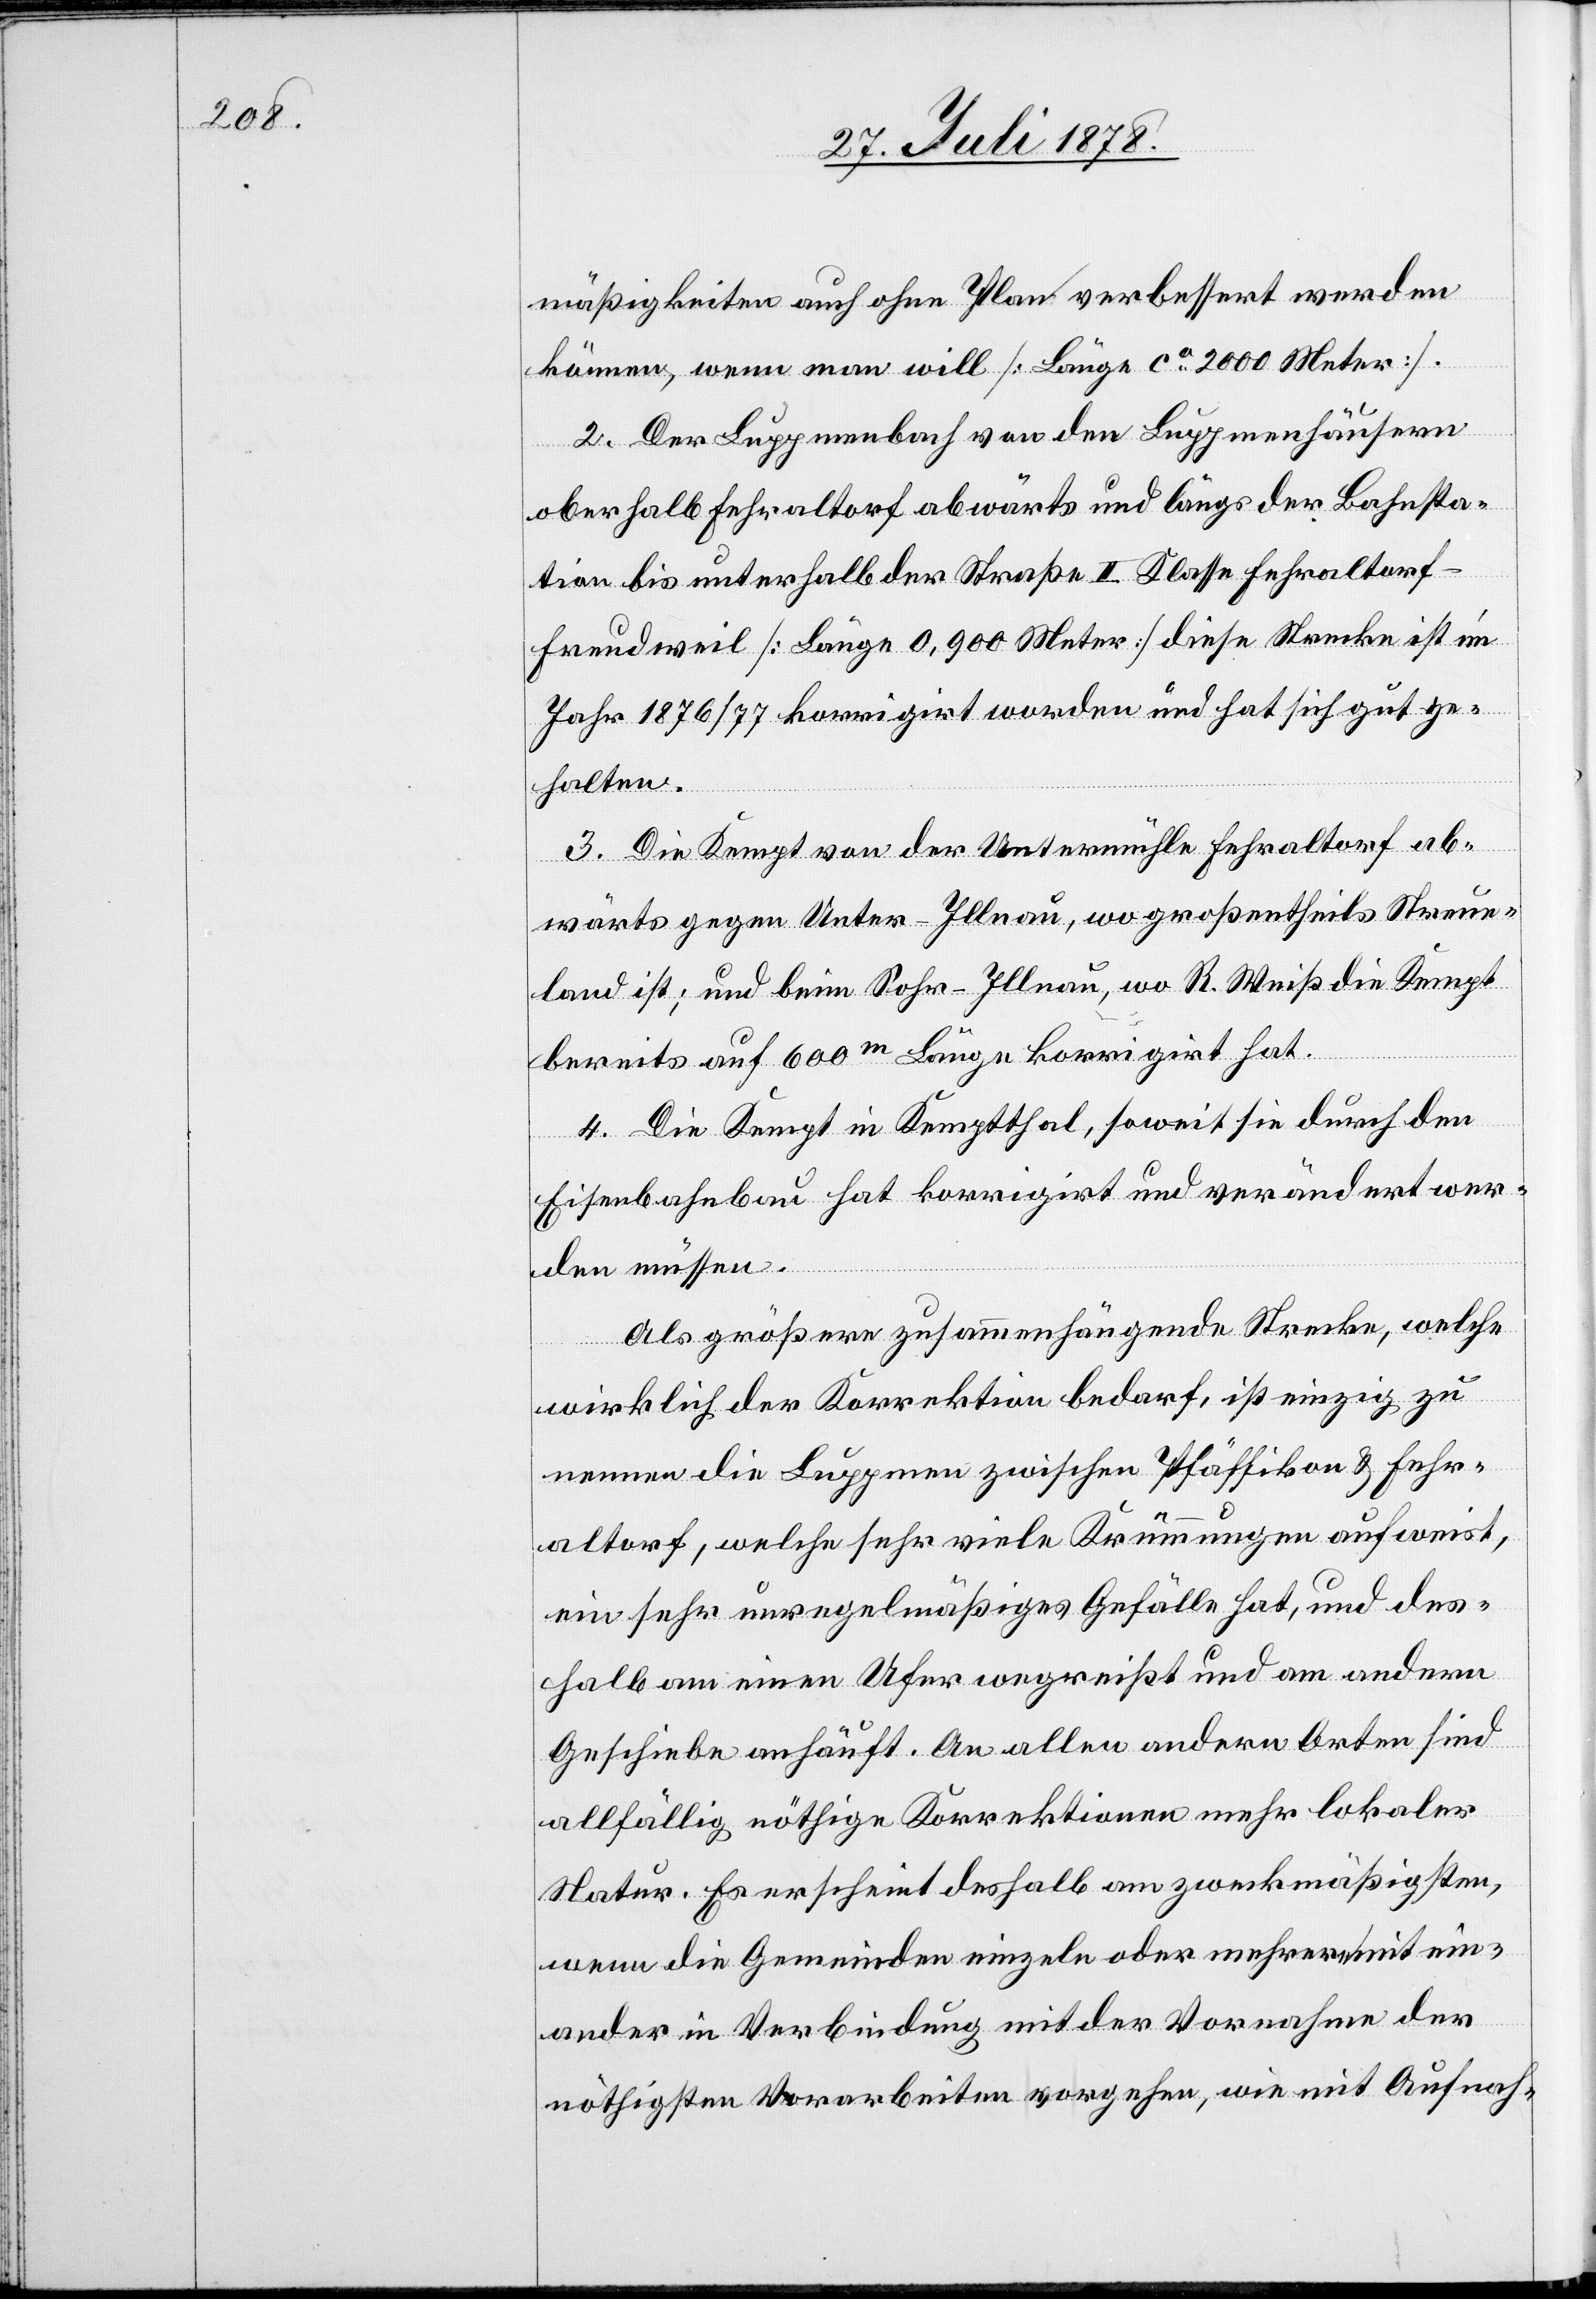
mäßigkeiten auch ohne Plan verbessert werden
können, wenn man will [Länge ca 2000 Meter].
2. Der Luppmenbach von den Lumpenhäusern
oberhalb Fehraltorf abwärts und längs der Bahnsta¬
tion bis unterhalb der Straße II. Klasse Fehraltorf–F¬
reudweil [Länge 0,900 Meter] diese Strecke ist im
Jahr 1876/77 korrigirt worden und hat sich gut ge¬
halten.
3. Die Kempt von der Untermühle Fehraltorf ab¬
wärts gegen Unter-Illnau, wo großentheils Streue¬
land ist; und beim Sohr - Illnau, wo R. Weiß die Kempt
bereits auf 600m Länge korrigirt hat.
4. Die Kempt im Kemptthal, soweit sie durch den
Eisenbahnbau hat korrigirt und verändert wer¬
den müssen.
Als größere zusammenhängende Strecke, welche
wirklich der Korrektion bedarf, ist einzig zu
nennen die Luppmen zwischen Pfäffikon & Fehr¬
altorf, welche sehr viele Krümmungen aufweist,
ein sehr unregelmäßiges Gefälle hat, und des¬
halb am einen Ufer wegreißt und am andern
Geschiebe anhäuft. An allen andern Orten sind
allfällig nöthige Korrektionen mehr lokaler
Natur. Es erscheint deshalb am zweckmäßigsten,
wenn die Gemeinden einzeln oder mehrere mit ein¬
ander in Verbindung mit der Vornahme der
nöthigsten Vorarbeiten vorgehen, wie mit Aufnah-